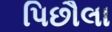
પિછૌલા